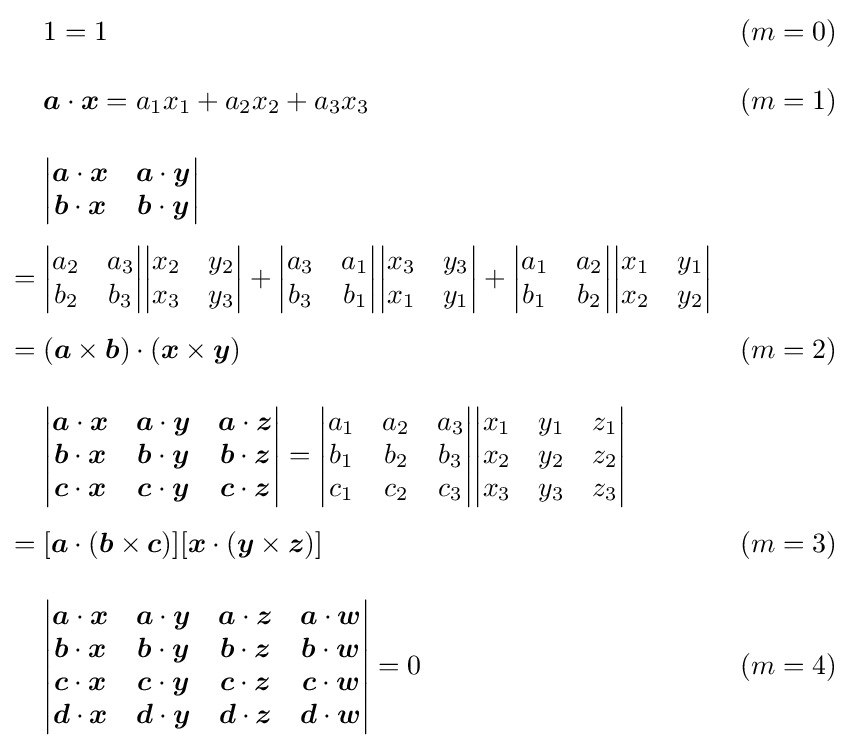
{\begin{aligned}&1=1&(m=0)\\[10pt]&{\boldsymbol {a}}\cdot {\boldsymbol {x}}=a_{1}x_{1}+a_{2}x_{2}+a_{3}x_{3}&(m=1)\\[10pt]&{\begin{vmatrix}{\boldsymbol {a}}\cdot {\boldsymbol {x}}&{\boldsymbol {a}}\cdot {\boldsymbol {y}}\\{\boldsymbol {b}}\cdot {\boldsymbol {x}}&{\boldsymbol {b}}\cdot {\boldsymbol {y}}\end{vmatrix}}\\[4pt]={}&{\begin{vmatrix}a_{2}&a_{3}\\b_{2}&b_{3}\end{vmatrix}}{\begin{vmatrix}x_{2}&y_{2}\\x_{3}&y_{3}\end{vmatrix}}+{\begin{vmatrix}a_{3}&a_{1}\\b_{3}&b_{1}\end{vmatrix}}{\begin{vmatrix}x_{3}&y_{3}\\x_{1}&y_{1}\end{vmatrix}}+{\begin{vmatrix}a_{1}&a_{2}\\b_{1}&b_{2}\end{vmatrix}}{\begin{vmatrix}x_{1}&y_{1}\\x_{2}&y_{2}\end{vmatrix}}\\[4pt]={}&({\boldsymbol {a}}\times {\boldsymbol {b}})\cdot ({\boldsymbol {x}}\times {\boldsymbol {y}})&(m=2)\\[10pt]&{\begin{vmatrix}{\boldsymbol {a}}\cdot {\boldsymbol {x}}&{\boldsymbol {a}}\cdot {\boldsymbol {y}}&{\boldsymbol {a}}\cdot {\boldsymbol {z}}\\{\boldsymbol {b}}\cdot {\boldsymbol {x}}&{\boldsymbol {b}}\cdot {\boldsymbol {y}}&{\boldsymbol {b}}\cdot {\boldsymbol {z}}\\{\boldsymbol {c}}\cdot {\boldsymbol {x}}&{\boldsymbol {c}}\cdot {\boldsymbol {y}}&{\boldsymbol {c}}\cdot {\boldsymbol {z}}\end{vmatrix}}={\begin{vmatrix}a_{1}&a_{2}&a_{3}\\b_{1}&b_{2}&b_{3}\\c_{1}&c_{2}&c_{3}\end{vmatrix}}{\begin{vmatrix}x_{1}&y_{1}&z_{1}\\x_{2}&y_{2}&z_{2}\\x_{3}&y_{3}&z_{3}\end{vmatrix}}\\[4pt]={}&[{\boldsymbol {a}}\cdot ({\boldsymbol {b}}\times {\boldsymbol {c}})][{\boldsymbol {x}}\cdot ({\boldsymbol {y}}\times {\boldsymbol {z}})]&(m=3)\\[10pt]&{\begin{vmatrix}{\boldsymbol {a}}\cdot {\boldsymbol {x}}&{\boldsymbol {a}}\cdot {\boldsymbol {y}}&{\boldsymbol {a}}\cdot {\boldsymbol {z}}&{\boldsymbol {a}}\cdot {\boldsymbol {w}}\\{\boldsymbol {b}}\cdot {\boldsymbol {x}}&{\boldsymbol {b}}\cdot {\boldsymbol {y}}&{\boldsymbol {b}}\cdot {\boldsymbol {z}}&{\boldsymbol {b}}\cdot {\boldsymbol {w}}\\{\boldsymbol {c}}\cdot {\boldsymbol {x}}&{\boldsymbol {c}}\cdot {\boldsymbol {y}}&{\boldsymbol {c}}\cdot {\boldsymbol {z}}&{\boldsymbol {c}}\cdot {\boldsymbol {w}}\\{\boldsymbol {d}}\cdot {\boldsymbol {x}}&{\boldsymbol {d}}\cdot {\boldsymbol {y}}&{\boldsymbol {d}}\cdot {\boldsymbol {z}}&{\boldsymbol {d}}\cdot {\boldsymbol {w}}\end{vmatrix}}=0&(m=4)\end{aligned}}